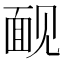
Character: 䩄